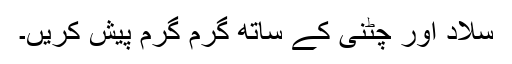
سلاد اور چٹنی کے ساتھ گرم گرم پیش کریں۔